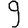
Digit: 9